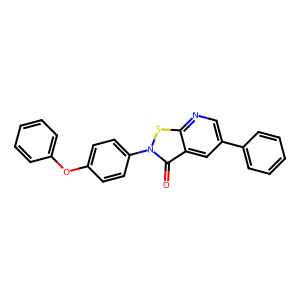
SMILES: O=c1c2cc(-c3ccccc3)cnc2sn1-c1ccc(Oc2ccccc2)cc1
Inhibits HIV replication: Yes